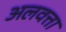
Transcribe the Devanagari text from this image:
अलवत्ता